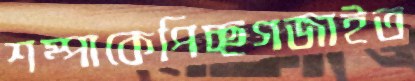
শম্পাকেপিচ্ছগজাইত